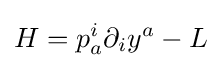
H=p_{a}^{i}\partial _{i}y^{a}-L